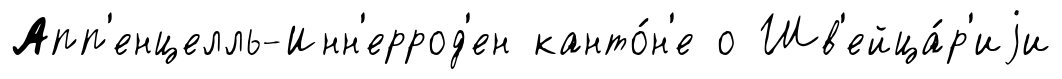
Апп'енцелль-Инн'еррод'ен канто́н'е о Шв'ейца́р'иjи